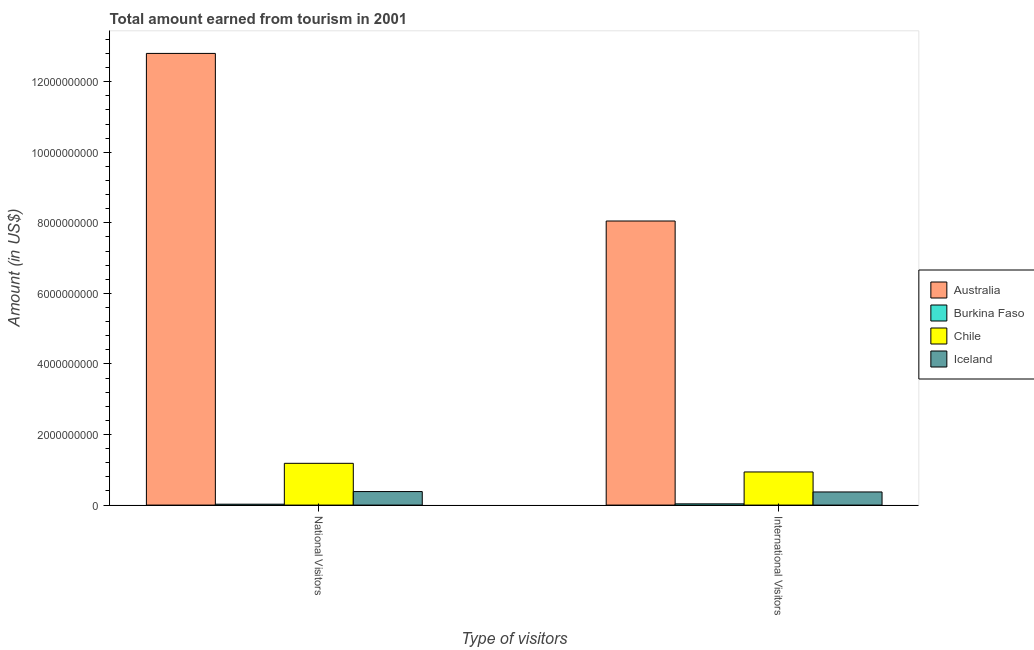
| Type of visitors | Australia | Burkina Faso | Chile | Iceland |
 | --- | --- | --- | --- | --- |
 | National Visitors | 1.28e+10 | 2.5e+07 | 1.18e+09 | 3.83e+08 |
 | International Visitors | 8.05e+09 | 3.5e+07 | 9.39e+08 | 3.72e+08 |